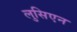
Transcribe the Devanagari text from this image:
लुसिएन